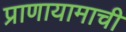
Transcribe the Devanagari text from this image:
प्राणायामाची